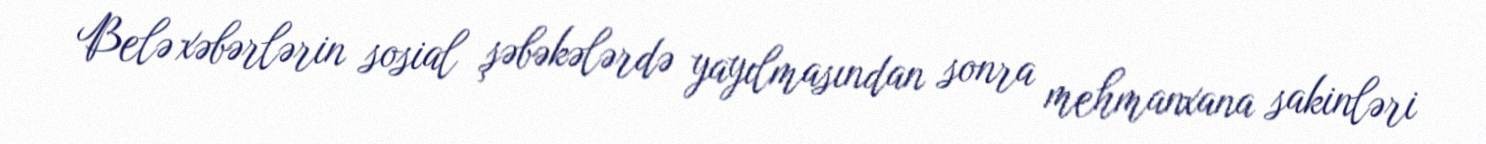
Belə xəbərlərin sosial şəbəkələrdə yayılmasından sonra mehmanxana sakinləri